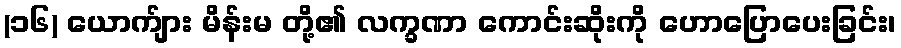
(၁၆) ယောက်ျား မိန်းမ တို့၏ လက္ခဏာ ကောင်းဆိုးကို ဟောပြောပေးခြင်း၊